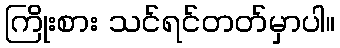
ကြိုးစား သင်ရင်တတ်မှာပါ။